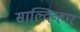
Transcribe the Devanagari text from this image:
साल्दिव्हार